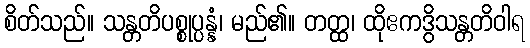
စိတ်သည်။ သန္တတိပစ္စုပ္ပန္နံ၊ မည်၏။ တတ္ထ၊ ထိုဧကဒွိသန္တတိဝါရ